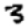
Digit: 3